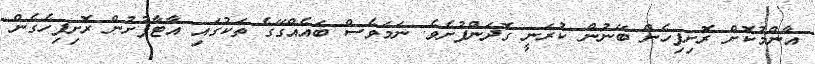
އާންމުކޮށް ރޮށިފިހެން ބޭނުން ކުރަނީ ގޮދަންފުށެވެ. ނަމަވެސް ބައެއްގޭގެ ތަކުގައި އާޓާފުށުން ރޮށިފިހެގެން